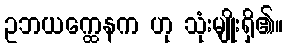
ဥဘယက္ထေနက ဟု သုံးမျိုးရှိ၏။